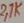
Text: 2,7K